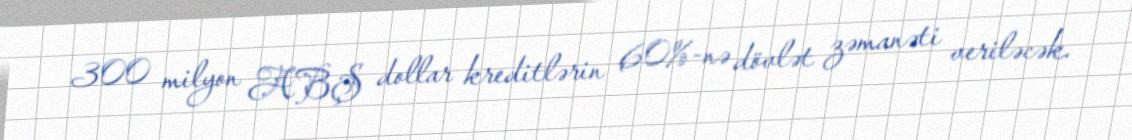
300 milyon ABŞ dollar kreditlərin 60%-nə dövlət zəmanəti veriləcək.